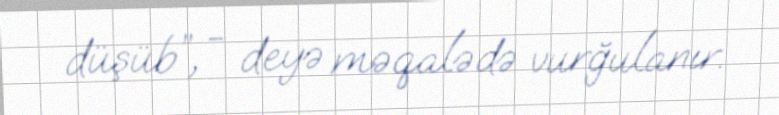
düşüb”, - deyə məqalədə vurğulanır.